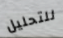
للتحليل